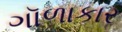
ગૉળાકાર